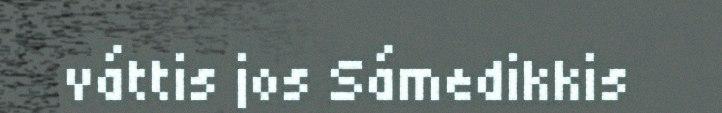
váttis jos Sámedikkis